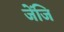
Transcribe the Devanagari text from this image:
जेंजि